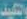
والتكليف